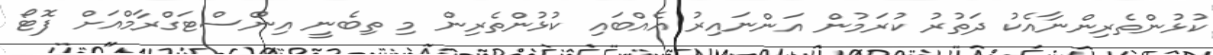
ކުޅުންތެރިންނާއެކު ދަތުރު ކުރަމުން އަންނައިރު އެއްބައި ކުޅުންތެރިން މި ތިބެނީ އިންސްޓަގްރާމްއަށް ފޮޓޯ